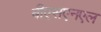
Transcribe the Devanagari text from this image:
बीएसएनएल